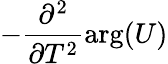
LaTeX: -\frac{\partial^{2}}{\partial T^{2}}\arg(U)